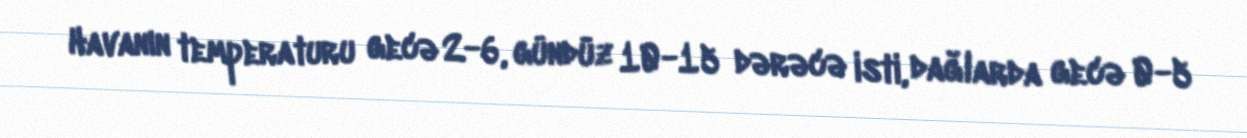
Havanın temperaturu gecə 2-6, gündüz 10-15 dərəcə isti, dağlarda gecə 0-5